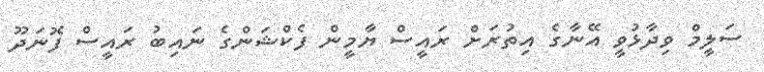
ސަލީމް ވިދާޅުވީ އޭނާގެ އިތުރަށް ރައީސް ޔާމީން ފެކްޝަންގެ ނައިބު ރައީސް ފޮނަދޫ